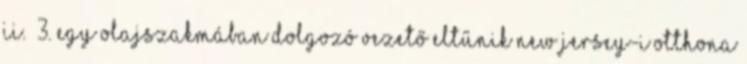
II. 3. Egy olajszakmában dolgozó vezető eltűnik New Jersey-i otthona